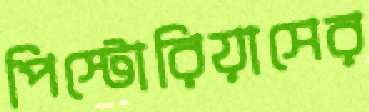
পিস্টোরিয়াসের